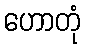
ဟောတုံ